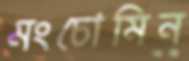
মংচোমিন